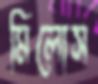
মিলোস